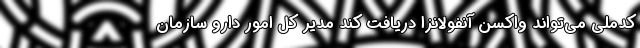
کدملی می‌تواند واکسن آنفولانزا دریافت کند مدیر کل امور دارو سازمان